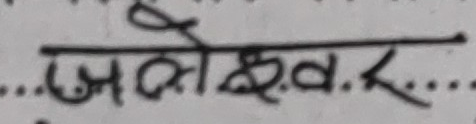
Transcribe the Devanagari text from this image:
ओलेड. र